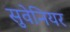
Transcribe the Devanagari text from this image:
सुवेनियर